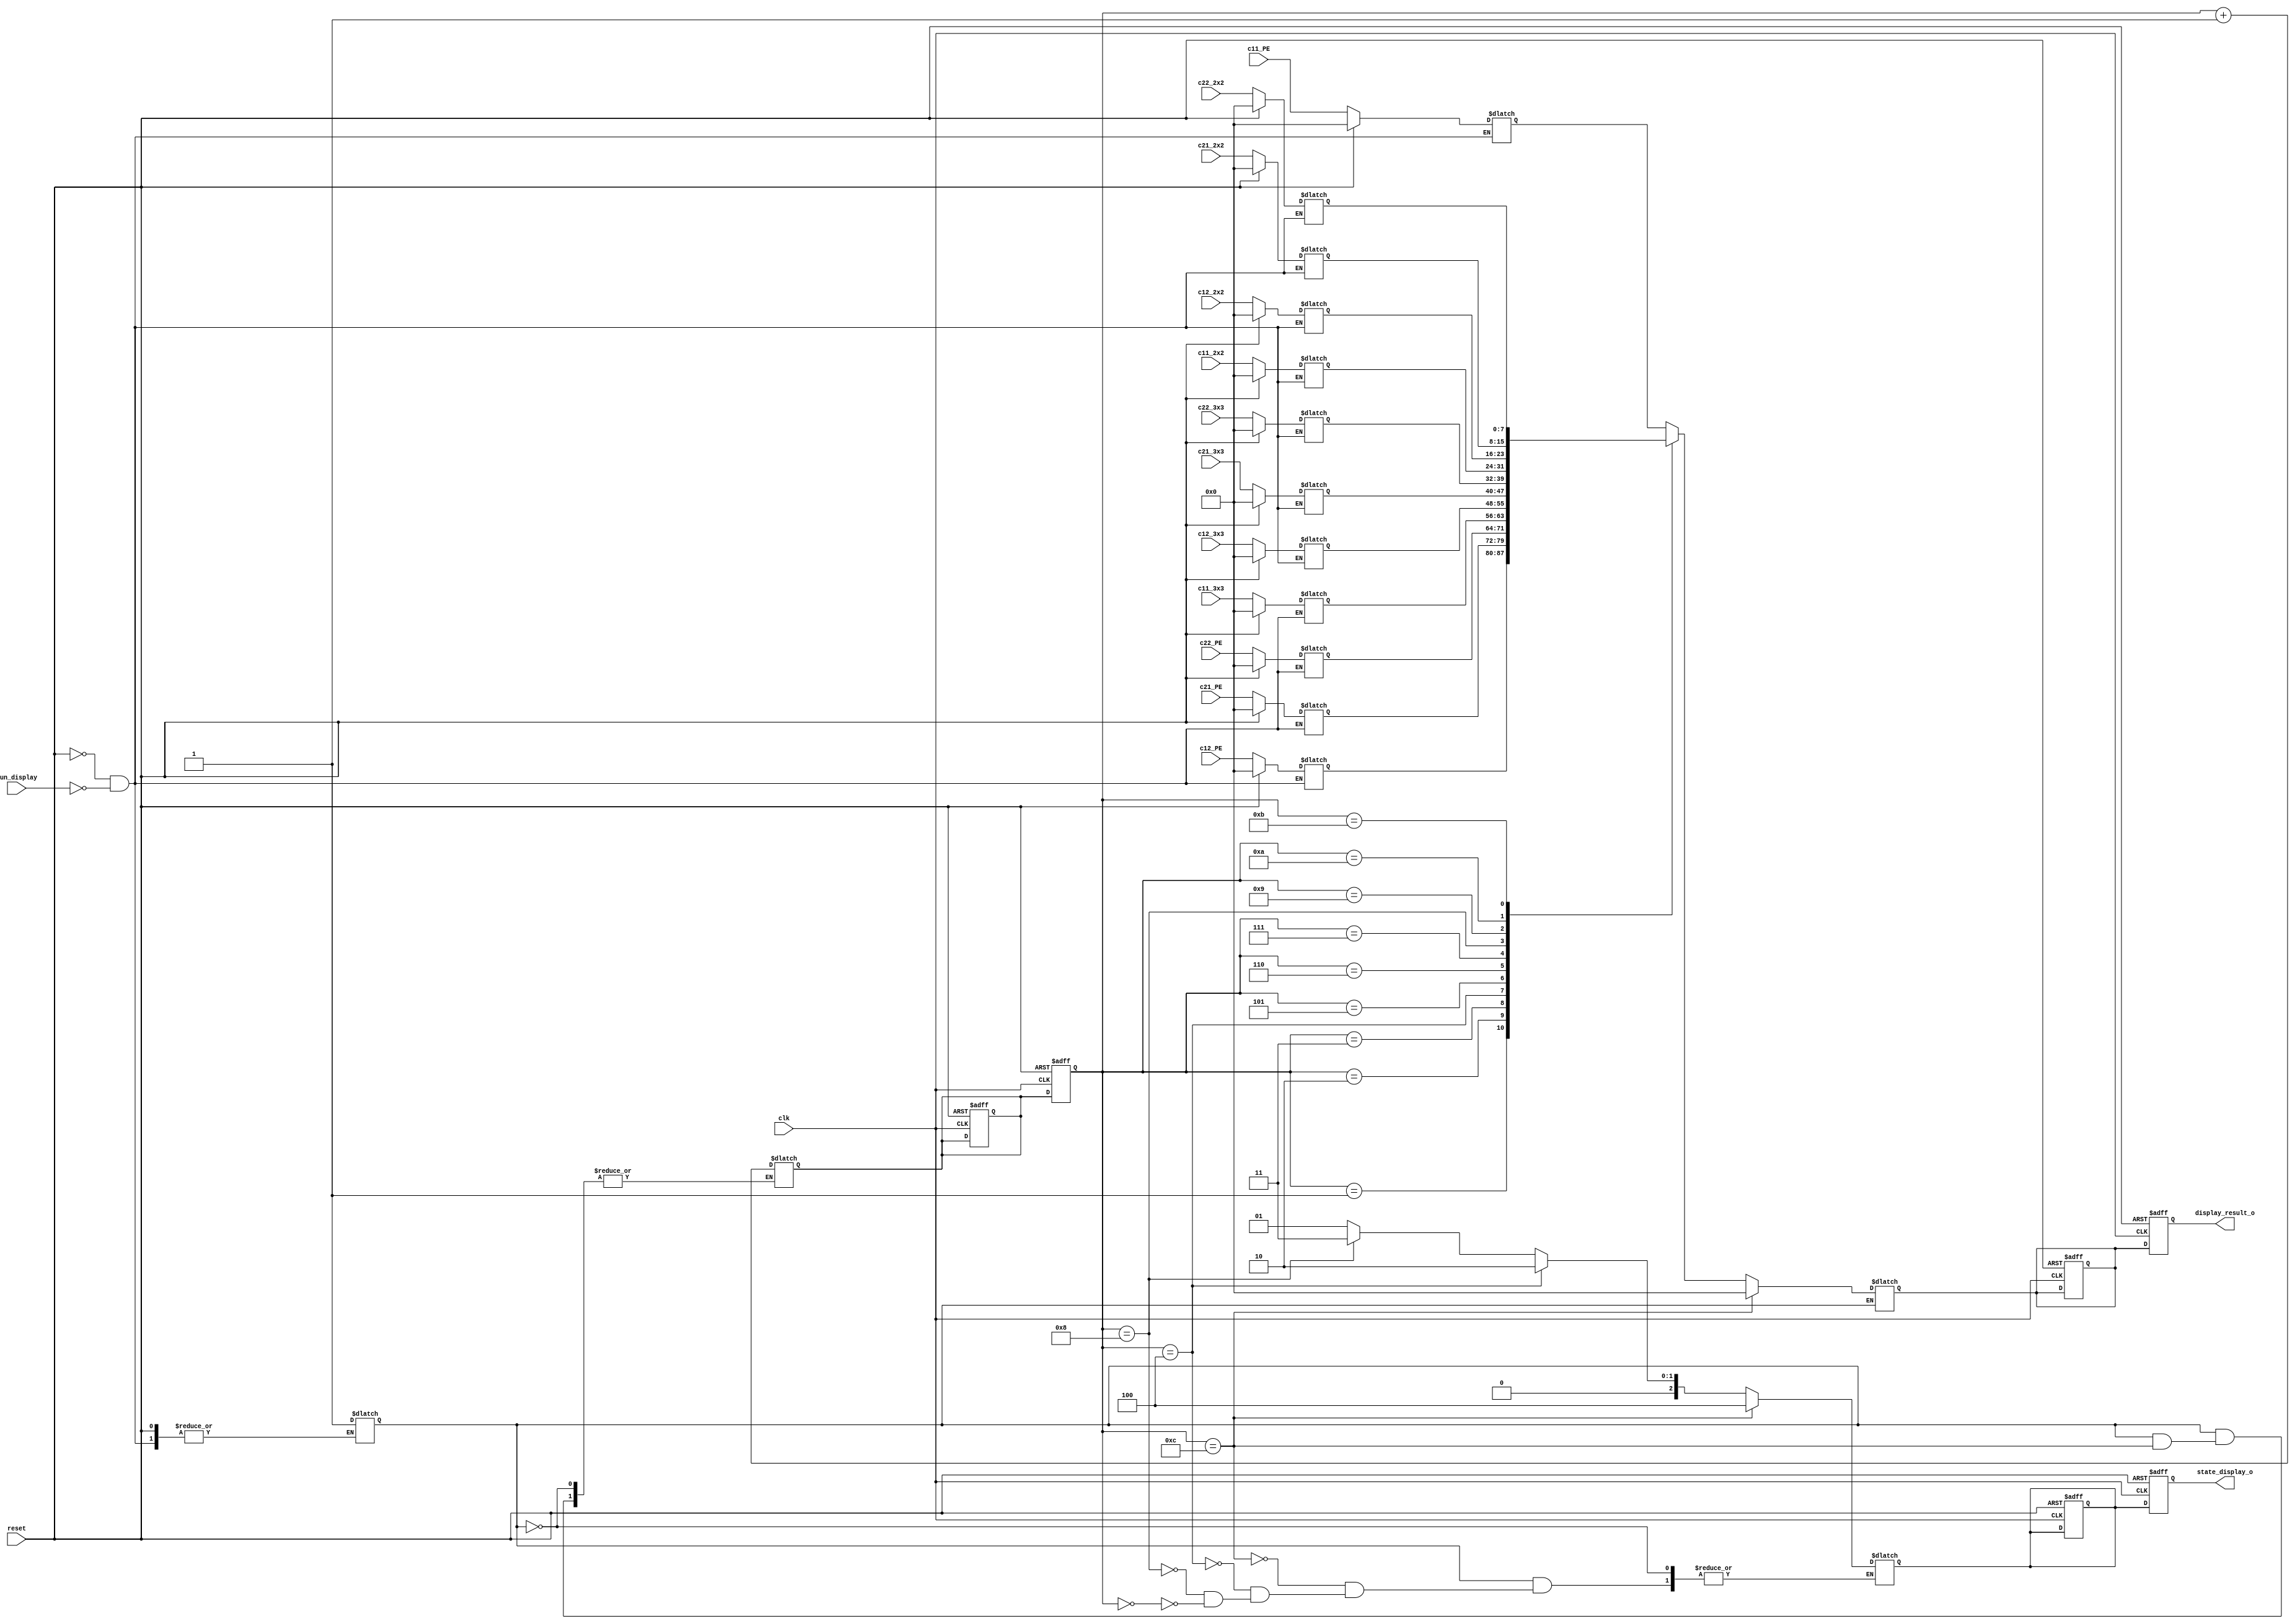
module display (clk, reset, run_display, 
c11_PE, c12_PE, c21_PE, c22_PE, c11_3x3, c12_3x3, c21_3x3, c22_3x3, c11_2x2, c12_2x2, c21_2x2, c22_2x2,
display_result_o, state_display_o);

	input clk; 
	input reset;

  input run_display; // state == S_DISPLAY
  input [7:0] 
  c11_PE, c12_PE, 
  c21_PE, c22_PE,
  c11_3x3, c12_3x3, 
  c21_3x3, c22_3x3, 
  c11_2x2, c12_2x2, 
  c21_2x2, c22_2x2;

  output [7:0] display_result_o;
  output [2:0] state_display_o; // controller current_display 

  reg [7:0] display_result, n_display_result;

  reg [7:0] display_memory [0:11];

  reg done_capture_displaymemory;

// save the results to display memory
	always @ (*)
  begin
    if (reset == 1'b1) begin
      display_memory[0] <= 8'b0; display_memory[1] <= 8'b0; display_memory[2] <= 8'b0; display_memory[3] <= 8'b0;
      display_memory[4] <= 8'b0; display_memory[5] <= 8'b0; display_memory[6] <= 8'b0; display_memory[7] <= 8'b0;
      display_memory[8] <= 8'b0; display_memory[9] <= 8'b0; display_memory[10] <= 8'b0; display_memory[11] <= 8'b0;
      //done_display_PE <= 1'b0; done_display_3x3 <= 1'b0; done_display_2x2 <= 1'b0;
      //state_display <= 3'b0; n_state_display <= 3'b0;
    end
    else if (run_display == 1'b1) begin
      display_memory[0] <= c11_PE; display_memory[1] <= c12_PE; 
      display_memory[2] <= c21_PE; display_memory[3] <= c22_PE;
      display_memory[4] <= c11_3x3; display_memory[5] <= c12_3x3; 
      display_memory[6] <= c21_3x3; display_memory[7] <= c22_3x3;
      display_memory[8] <= c11_2x2; display_memory[9] <= c12_2x2; 
      display_memory[10] <= c21_2x2; display_memory[11] <= c22_2x2;
      done_capture_displaymemory <= 1'b1;
    end
  end

reg [2:0] state_display, n_state_display;
parameter S_PE_IDLE = 0, S_PE_DISPLAY = 1, S_3x3_DISPLAY = 2, S_2x2_DISPLAY = 3, S_DONE_DISPLAY = 4;
reg [3:0] num1, num2;
always @(posedge clk or posedge reset) begin
  if(reset == 1'b1) 
    begin
      num1 <= 4'b0; num2 <= 4'b0;
      state_display <= 3'b0; n_state_display <= 3'b0;
      display_result  <= 8'b0; n_display_result <= 8'b0;
    end
    else begin
      num1 <= num2;
      display_result  <= n_display_result;
      state_display  <= n_state_display;
    end
  end
// display the results
  always @(*) begin
    if (done_capture_displaymemory == 1'b1) begin
      n_display_result = display_memory[num1];
      if (num1 == 12) begin
        n_state_display <= S_DONE_DISPLAY;
        n_display_result <= 8'b0;
      end
      else begin
      num2 = num1 + 1;
        if (num1 == 0) begin
          n_state_display <= S_PE_DISPLAY;
        end
        if (num1 == 4) begin
          n_state_display <= S_3x3_DISPLAY;
        end
        else if (num1 == 8) begin
          n_state_display <= S_2x2_DISPLAY;
        end
      end
    end
  end

  assign state_display_o = state_display;
  assign display_result_o = display_result;
endmodule